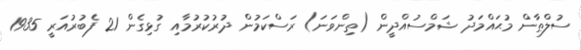
ސުލްޠާން މުޙައްމަދު ޝަމްސުއްދީން (ތިންވަނަ) ރަސްކަމުން ދުރުކުރުމާއި ގުޅިގެން 21 ފެބުރުއަރީ 1935